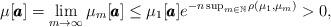
LaTeX: \begin{align*}\mu[\pmb{a}]=\lim_{m\to\infty}\mu_m[\pmb{a}] \leq \mu_1[\pmb{a}] e^{-n\sup_{m\in\mathbb{N}} \rho(\mu_1,\mu_m)}>0,\end{align*}